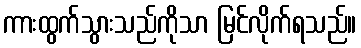
ကားထွက်သွားသည်ကိုသာ မြင်လိုက်ရသည်။